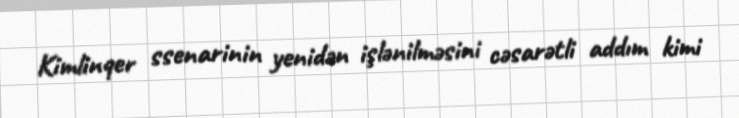
Kimlinqer ssenarinin yenidən işlənilməsini cəsarətli addım kimi